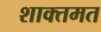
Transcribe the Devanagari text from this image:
शाक्तमत